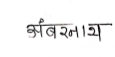
मजकूर: अंबरनाथ